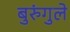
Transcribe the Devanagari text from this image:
बुरुंगुले